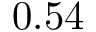
0 . 5 4